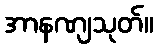
အာနဏျသုတ်။